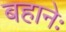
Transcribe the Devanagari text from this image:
बहानेः